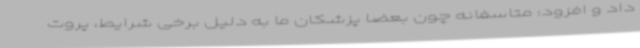
داد و افزود: متاسفانه چون بعضا پزشکان ما به دلیل برخی شرایط، پروت